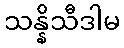
သန္နိသီဒါမ